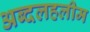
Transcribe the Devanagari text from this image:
अब्दलहलीम